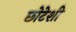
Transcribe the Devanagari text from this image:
छोटेशी